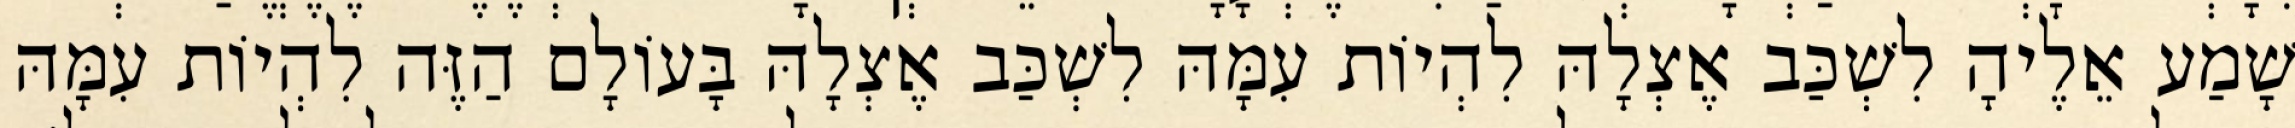
שָׁמַע אֵלֶיהָ לִשְׁכַּב אֶצְלָהּ לִהְיוֹת עִמָּהּ לִשְׁכַּב אֶצְלָהּ בָּעוֹלָם הַזֶּה לִהְיוֹת עִמָּהּ